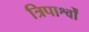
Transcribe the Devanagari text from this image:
त्रिपार्श्वों